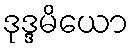
ဒုဒ္ဒမိယော